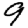
Digit: 9